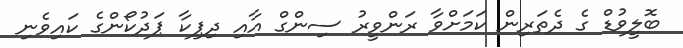
ބޮލީވުޑް ގެ ދެތަރިން ކަމަށްވާ ރަންވީރު ސިންގް އާއި ދިޕިކާ ޕަދުކޯންގެ ކައިވެނި